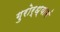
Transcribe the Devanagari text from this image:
गुरोर्ध्यानं